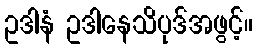
ဥဒါနံ ဥဒါနေသိပုဒ်အဖွင့်။